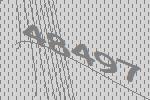
48497